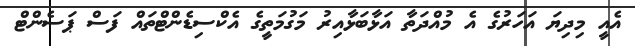
އެއީ މިދިޔަ އަހަރުގެ އެ މުއްދަތާ އަޅާބަޅާއިރު މަގުމަތީގެ އެކްސިޑެންޓްތައް ފަސް ޕަސެންޓް